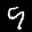
Label: 9